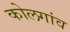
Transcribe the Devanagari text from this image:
कोलगांव